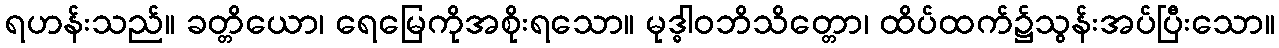
ရဟန်းသည်။ ခတ္တိယော၊ ရေမြေကိုအစိုးရသော။ မုဒ္ဓါဝဘိသိတ္တော၊ ထိပ်ထက်၌သွန်းအပ်ပြီးသော။